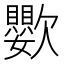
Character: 𣤵